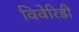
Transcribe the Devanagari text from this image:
विवेरिडी